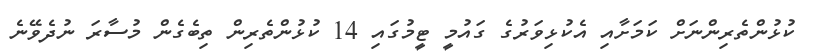
ކުޅުންތެރިންނަށް ކަމަށާއި އެކުޅިވަރުގެ ގައުމީ ޓީމުގައި 14 ކުޅުންތެރިން ތިބެގެން މުސާރަ ނުދެވޭނެ